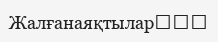
Жалғанаяқтылар‎‎‎